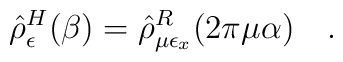
\hat{\rho}^H_{\epsilon}(\beta)=\hat{\rho}^R_{\mu\epsilon_x}	(2\pi\mu\alpha)~~~ .